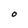
Character: O